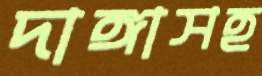
দাঙ্গাসহ